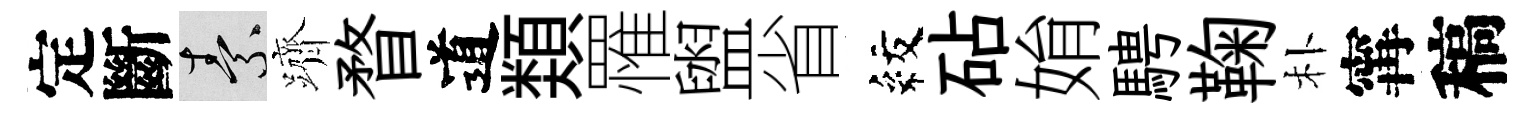
定斷素躋瞀道𩔖罹盥省紋砧姢騁鞠朴𡩋稿